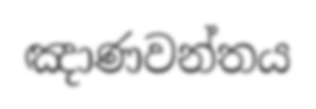
ඤාණවන්තය